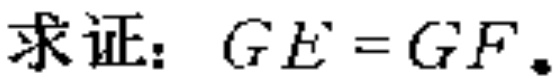
求证：\(GE = GF\)。